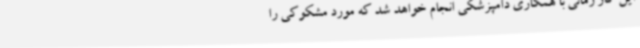
این کار زمانی با همکاری دامپزشکی انجام خواهد شد که مورد مشکوکی را